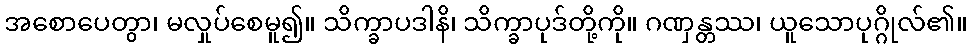
အစောပေတွာ၊ မလှုပ်စေမူ၍။ သိက္ခာပဒါနိ၊ သိက္ခာပုဒ်တို့ကို။ ဂဏှန္တဿ၊ ယူသောပုဂ္ဂိုလ်၏။